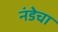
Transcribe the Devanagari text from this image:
नंडेचा